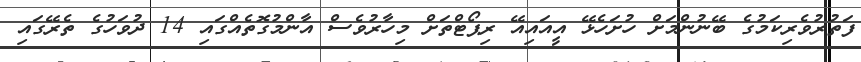
ފަތުރުވެރިކަމުގެ ބޭނުންމަށް ހުށަހެޅޭ އީއައިއޭ ރިޕޯޓްތަށް މިހާރުވެސް އާންމުގޮތެއްގައި 14 ދުވަހުގެ ތެރޭގައި